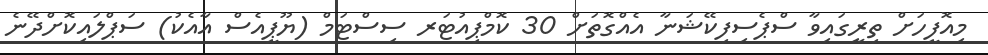
މިއޮފީހަށް ތިރީގައިވާ ސްޕެސިފިކޭޝަނާ އެއްގޮތަށް 30 ކޮމްޕިއުޓަރ ސިސްޓަމް (ޔޫޕީއެސް އާއެކު) ސަޕްލައިކޮށްދޭނެ